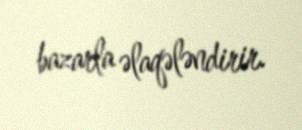
bazarla əlaqələndirir.